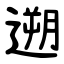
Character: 遡